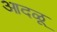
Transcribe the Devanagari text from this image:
आदळू